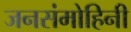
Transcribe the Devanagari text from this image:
जनसंमोहिनी